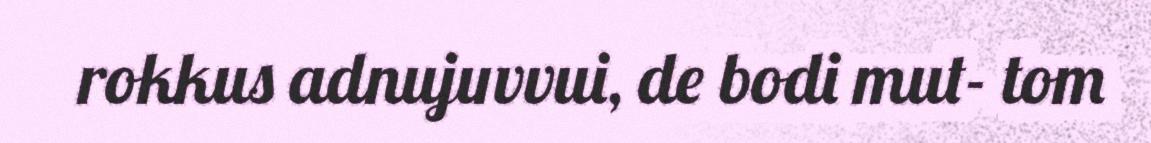
rokkus adnujuvvui, de bodi mut- tom